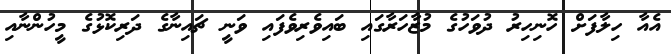
އެއާ ހިލާފަށް ހޮނިހިރު ދުވަހުގެ މުޒާހަރާގައި ބައިވެރިވެފައި ވަނީ ޗައިނާގެ ދަރިކޮޅުގެ މީހުންނާއި